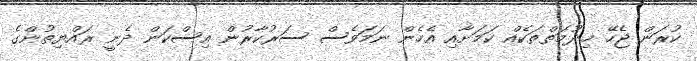
ކުރަން ޖެހޭ ޚިދުމަތްތަކެއް ކަމަށާއި އެހެން ނަމަވެސް ސަރުކާރުން އިސްކަން ދެނީ ރައްޔިތުންގެ